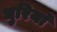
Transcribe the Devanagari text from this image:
धुरियां